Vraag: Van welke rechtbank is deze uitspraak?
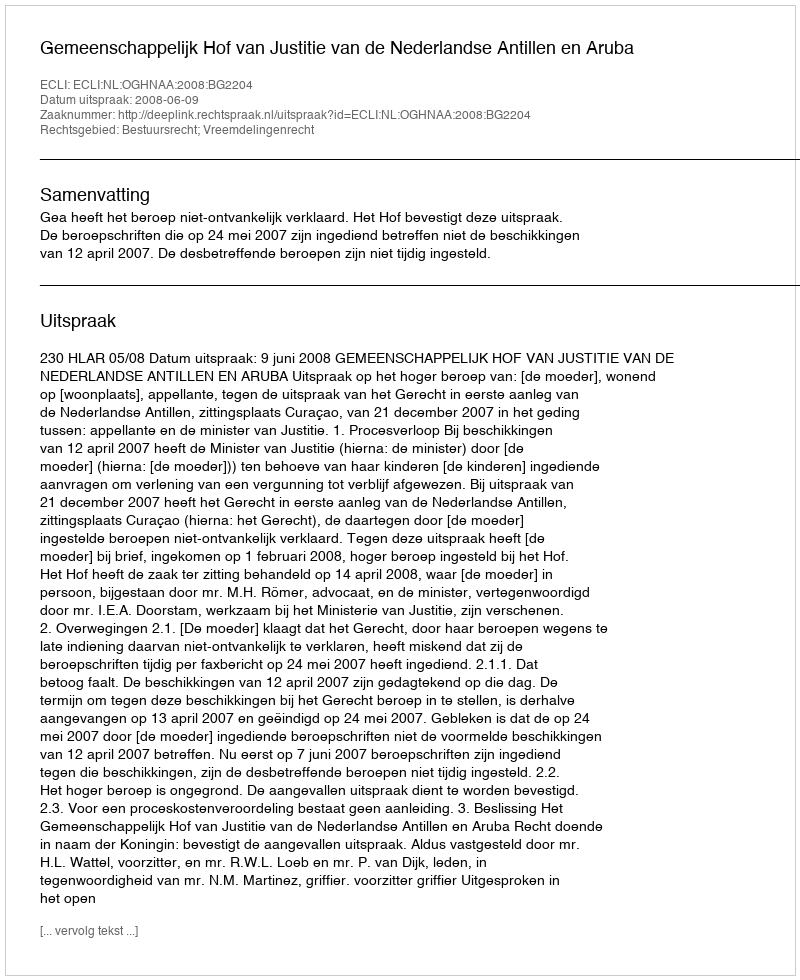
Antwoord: Gemeenschappelijk Hof van Justitie van de Nederlandse Antillen en Aruba